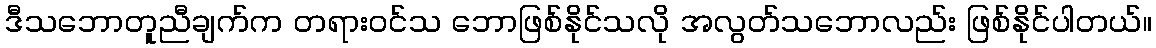
ဒီသဘောတူညီချက်က တရားဝင်သ ဘောဖြစ်နိုင်သလို အလွတ်သဘောလည်း ဖြစ်နိုင်ပါတယ်။